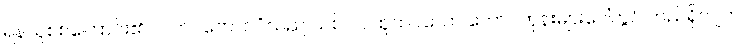
ရန်သူစစ်ကြောင်း၏ လက်ဝဲတောင်ပံသည် သစ် ပင်ထူထပ်သော တောင်ကုန်းများပေါ်တွင် တည်ရှိလျက်